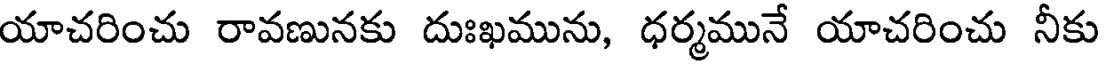
యాచరించు రావణునకు దుఃఖమును, ధర్మమునే యాచరించు నీకు